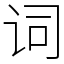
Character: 词